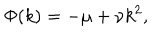
\Phi ( k ) = - \mu + \nu k ^ { 2 } ,